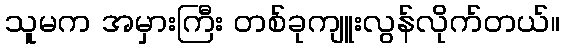
သူမက အမှားကြီး တစ်ခုကျူးလွန်လိုက်တယ်။